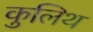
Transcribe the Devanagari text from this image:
कुलिथ